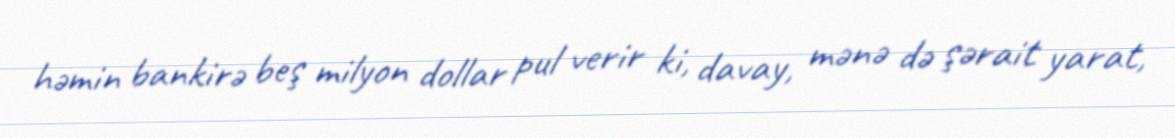
həmin bankirə beş milyon dollar pul verir ki, davay, mənə də şərait yarat,